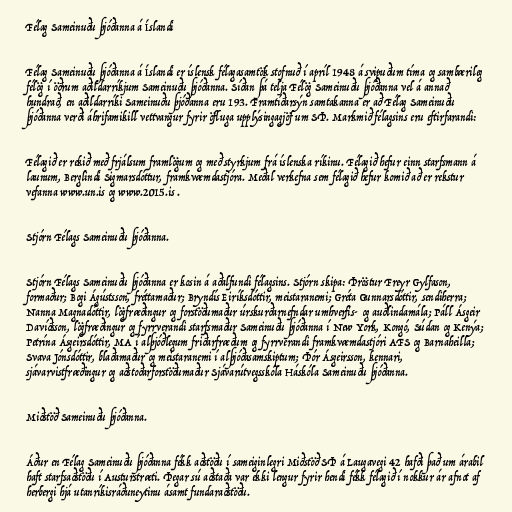
Félag Sameinuðu þjóðanna á Íslandi

Félag Sameinuðu þjóðanna á Íslandi er íslensk félagasamtök stofnuð í apríl 1948 á svipuðum tíma og sambærileg
félög í öðrum aðildarríkjum Sameinuðu þjóðanna. Síðan þá telja Félög Sameinuðu þjóðanna vel á annað
hundrað, en aðildarríki Sameinuðu þjóðanna eru 193. Framtíðarsýn samtakanna er að Félag Sameinuðu
þjóðanna verði áhrifamikill vettvangur fyrir öfluga upplýsingagjöf um SÞ. Markmið félagsins eru eftirfarandi:

Félagið er rekið með frjálsum framlögum og með styrkjum frá íslenska ríkinu. Félagið hefur einn starfsmann á
launum, Berglindi Sigmarsdóttur, framkvæmdastjóra. Meðal verkefna sem félagið hefur komið að er rekstur
vefanna www.un.is og www.2015.is .

Stjórn Félags Sameinuðu þjóðanna.

Stjórn Félags Sameinuðu þjóðanna er kosin á aðalfundi félagsins. Stjórn skipa: Þröstur Freyr Gylfason,
formaður; Bogi Ágústsson, fréttamaður; Bryndís Eiríksdóttir, meistaranemi; Gréta Gunnarsdóttir, sendiherra;
Nanna Magnadóttir, lögfræðingur og forstöðumaður úrskurðarnefndar umhverfis- og auðlindamála; Páll Ásgeir
Davíðsson, lögfræðingur og fyrrverandi starfsmaður Sameinuðu þjóðanna í New York, Kongó, Súdan og Kenýa;
Petrína Ásgeirsdóttir, MA í alþjóðlegum friðarfræðum og fyrrverandi framkvæmdastjóri AFS og Barnaheilla;
Svava Jónsdóttir, blaðamaður og meistaranemi í alþjóðasamskiptum; Þór Ásgeirsson, kennari,
sjávarvistfræðingur og aðstoðarforstöðumaður Sjávarútvegsskóla Háskóla Sameinuðu þjóðanna.

Miðstöð Sameinuðu þjóðanna.

Áður en Félag Sameinuðu þjóðanna fékk aðstöðu í sameiginlegri Miðstöð SÞ á Laugavegi 42 hafði það um árabil
haft starfsaðstöðu í Austurstræti. Þegar sú aðstaða var ekki lengur fyrir hendi fékk félagið í nokkur ár afnot af
herbergi hjá utanríkisráðuneytinu ásamt fundaraðstöðu.